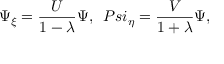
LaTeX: \Psi _ { \xi } = \frac { U } { 1 - \lambda } \Psi , \ \, P s i _ { \eta } = \frac { V } { 1 + \lambda } \Psi ,